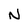
Character: N